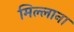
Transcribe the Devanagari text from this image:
मिल्लाना